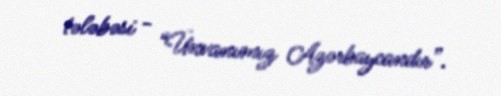
tələbəsi - “Ünvanımız Azərbaycandır”.